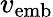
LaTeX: v_{\mathrm{emb}}